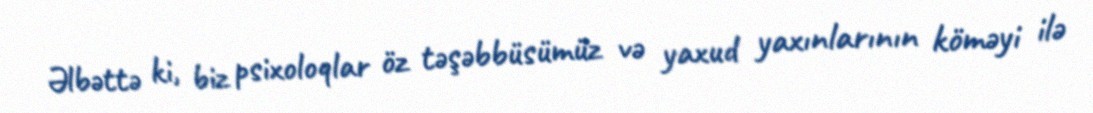
Əlbəttə ki, biz psixoloqlar öz təşəbbüsümüz və yaxud yaxınlarının köməyi ilə